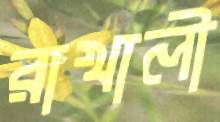
রাখালী